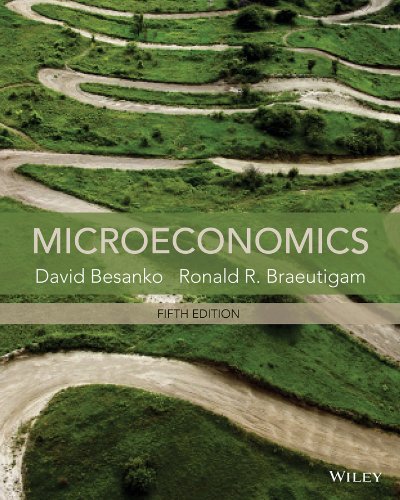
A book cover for Microeconomics; David Besanko; Business & Money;